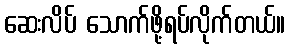
ဆေးလိပ် သောက်ဖို့ရပ်လိုက်တယ်။